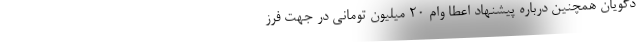
دگویان همچنین درباره پیشنهاد اعطا وام ۲۰ میلیون تومانی در جهت فرز